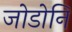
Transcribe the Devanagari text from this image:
जोडोनि